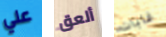
علي ألعق غابات